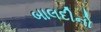
બાલદીનો